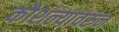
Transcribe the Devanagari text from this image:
कौशल्यावरुन